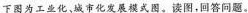
下图为工业化、城市化发展模式图。读图，回答问题。